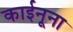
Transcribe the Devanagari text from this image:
काईनूना